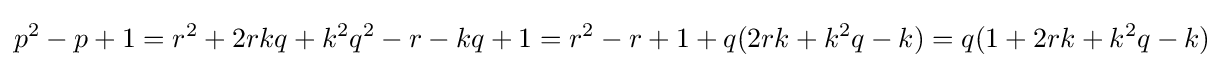
p^{2}-p+1=r^{2}+2rkq+k^{2}q^{2}-r-kq+1=r^{2}-r+1+q(2rk+k^{2}q-k)=q(1+2rk+k^{2}q-k)